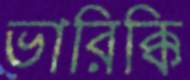
ভারিক্কি